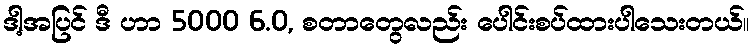
ဒါ့အပြင် ဒီ ဟာ 5000 6.0, စတာတွေလည်း ပေါင်းစပ်ထားပါသေးတယ်။